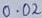
Text: 0.02